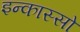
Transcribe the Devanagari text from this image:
इन्कास्सो